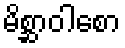
မိစ္ဆာဝါစော